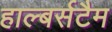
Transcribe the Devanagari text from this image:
हाल्बर्सटैम